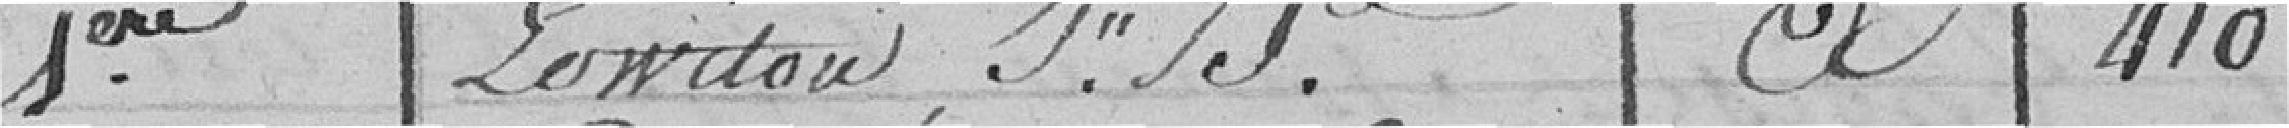
1ère Pewitou , I".A.   A   410